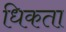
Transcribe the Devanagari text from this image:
धिकता